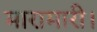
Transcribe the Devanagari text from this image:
मारामारी।